Annual administration report of the Bombay Presidency - 1887-1892
Year: 1887
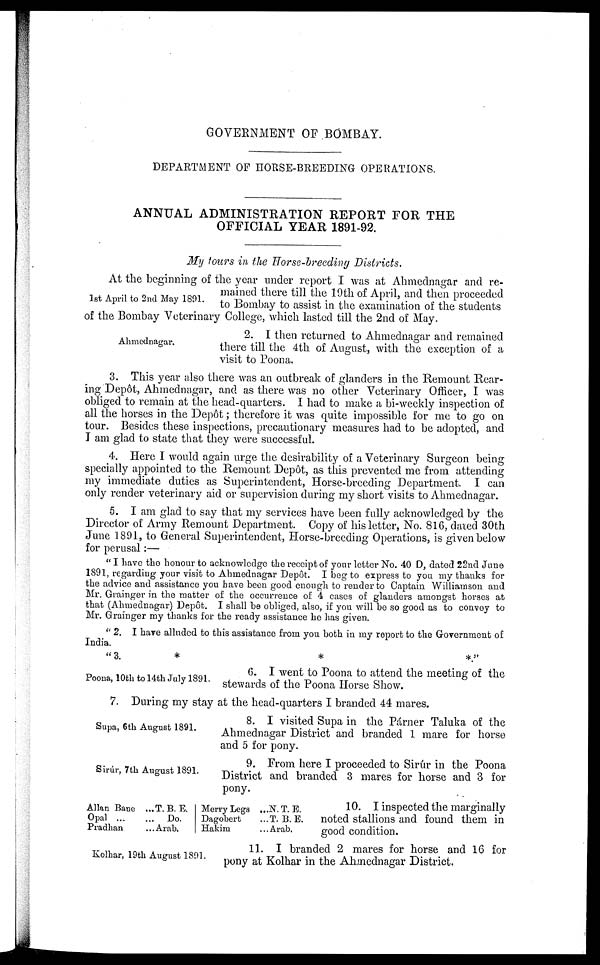
GOVERNMENT OF BOMBAY.
DEPARTMENT OF HORSE-BREEDING OPERATIONS.
ANNUAL ADMINISTRATION REPORT FOR THE
OFFICIAL YEAR 1891-92.
My tours in the Horse-breeding Districts.
1st April to 2nd May 1891.
At the beginning of the year under report I was at Ahmednagar and re-
mained there till the 19th of April, and then proceeded
to Bombay to assist in the examination of the students
of the Bombay Veterinary College, which lasted till the 2nd of May.
Ahmednagar.
2. I then returned to Ahmednagar and remained
there till the 4th of August, with the exception of a
visit to Poona.
3. This year also there was an outbreak of glanders in the Remount Rear-
ing Depôt, Ahmednagar, and as there was no other Veterinary Officer, I was
obliged to remain at the head-quarters. I had to make a bi-weekly inspection of
all the horses in the Depôt; therefore it was quite impossible for me to go on
tour. Besides these inspections, precautionary measures had to be adopted, and
I am glad to state that they were successful.
4. Here I would again urge the desirability of a Veterinary Surgeon being
specially appointed to the Remount Depôt, as this prevented me from attending
my immediate duties as Superintendent, Horse-breeding Department. I can
only render veterinary aid or supervision during my short visits to Ahmednagar.
5. I am glad to say that my services have been fully acknowledged by the
Director of Army Remount Department. Copy of his letter, No. 816, dated 30th
June 1891, to General Superintendent, Horse-breeding Operations, is given below
for perusal:—
"I have the honour to acknowledge the receipt of your letter No. 40 D, dated 22nd June
1891, regarding your visit to Ahmednagar Depôt. I beg to express to you my thanks for
the advice and assistance you have been good enough to render to Captain Williamson and
Mr. Grainger in the matter of the occurrence of 4 cases of glanders amongst horses at
that (Ahmednagar) Depôt. I shall be obliged, also, if you will be so good as to convey to
Mr. Grainger my thanks for the ready assistance he has given.
"2. I have alluded to this assistance from you both in my report to the Government of
India.
"3.
*
*
*."
Poona, 10th to 14th July 1891.
6. I went to Poona to attend the meeting of the
stewards of the Poona Horse Show.
7. During my stay at the head-quarters I branded 44 mares.
Supa, 6th August 1891.
8. I visited Supa in the Párner Taluka of the
Ahmednagar District and branded 1 mare for horse
and 5 for pony.
Sirúr, 7th August 1891.
9. From here I proceeded to Sirúr in the Poona
District and branded 3 mares for horse and 3 for
pony.
Allan Bane
Opal ...
Pradhan
...T. B. E.
... Do.
...Arab.
Merry Legs
Dagobert
Hakim
...N. T. E.
...T. B. E.
...Arab.
10. I inspected the marginally
noted stallions and found them in
good condition.
Kolhar, 19th August 1891.
11. I branded 2 mares for horse and 16 for
pony at Kolhar in the Ahmednagar District.